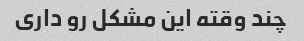
چند وقته این مشکل رو داری